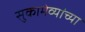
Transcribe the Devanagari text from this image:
सुकामेव्यांच्या